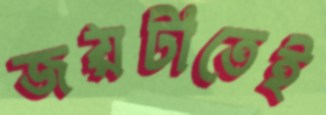
জয়টাতেই